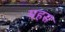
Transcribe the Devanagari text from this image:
महस